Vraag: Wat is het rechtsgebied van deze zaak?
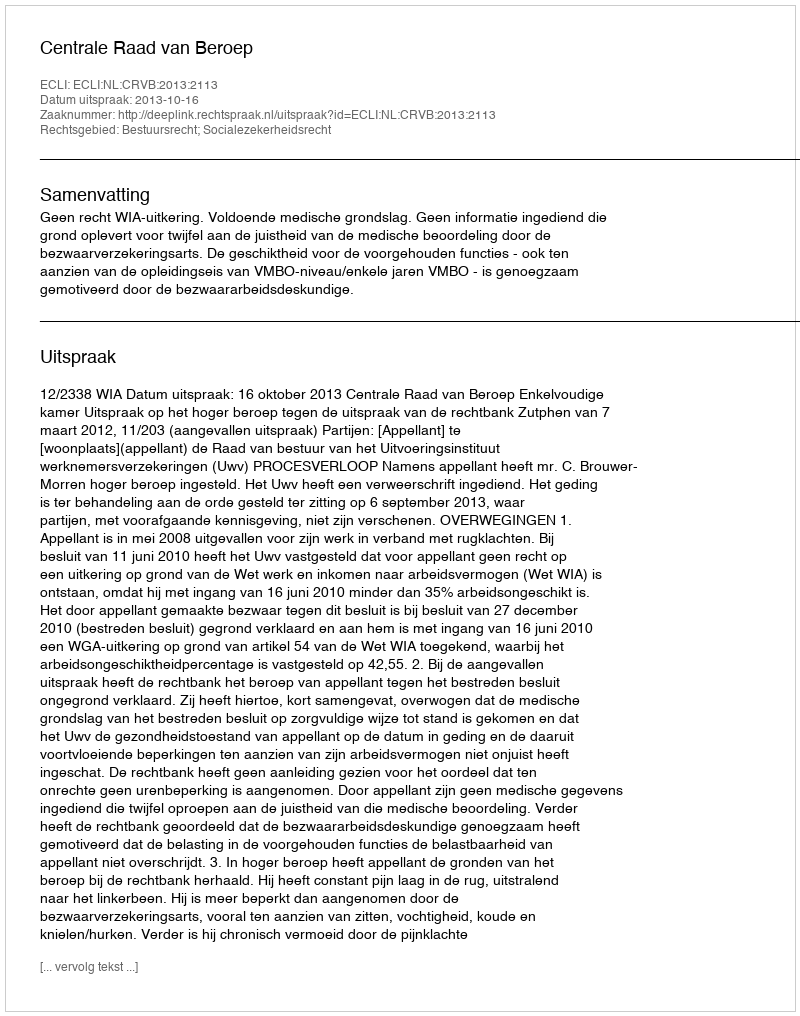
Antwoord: Bestuursrecht; Socialezekerheidsrecht